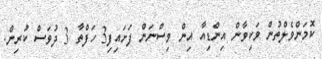
ކޮމަންވެލްތުން ވަކިވާން އިންޑިއާ އިން ވިސްނަން ފަށައިފި3 ހަފްތާ 3 ދުވަސް ކުރިން.